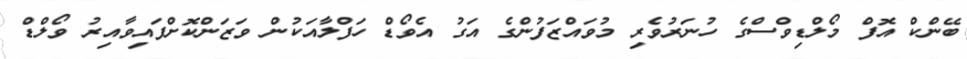
ބޭންކް އޮފް މޯލްޑިވްސްގެ ހުނަރުވެރި މުވައްޒަފުންގެ އަގު އެވޯޑް ހަފްލާއަކުން ވަޒަންކޮށްފައިވާއިރު ވޯލްޑް